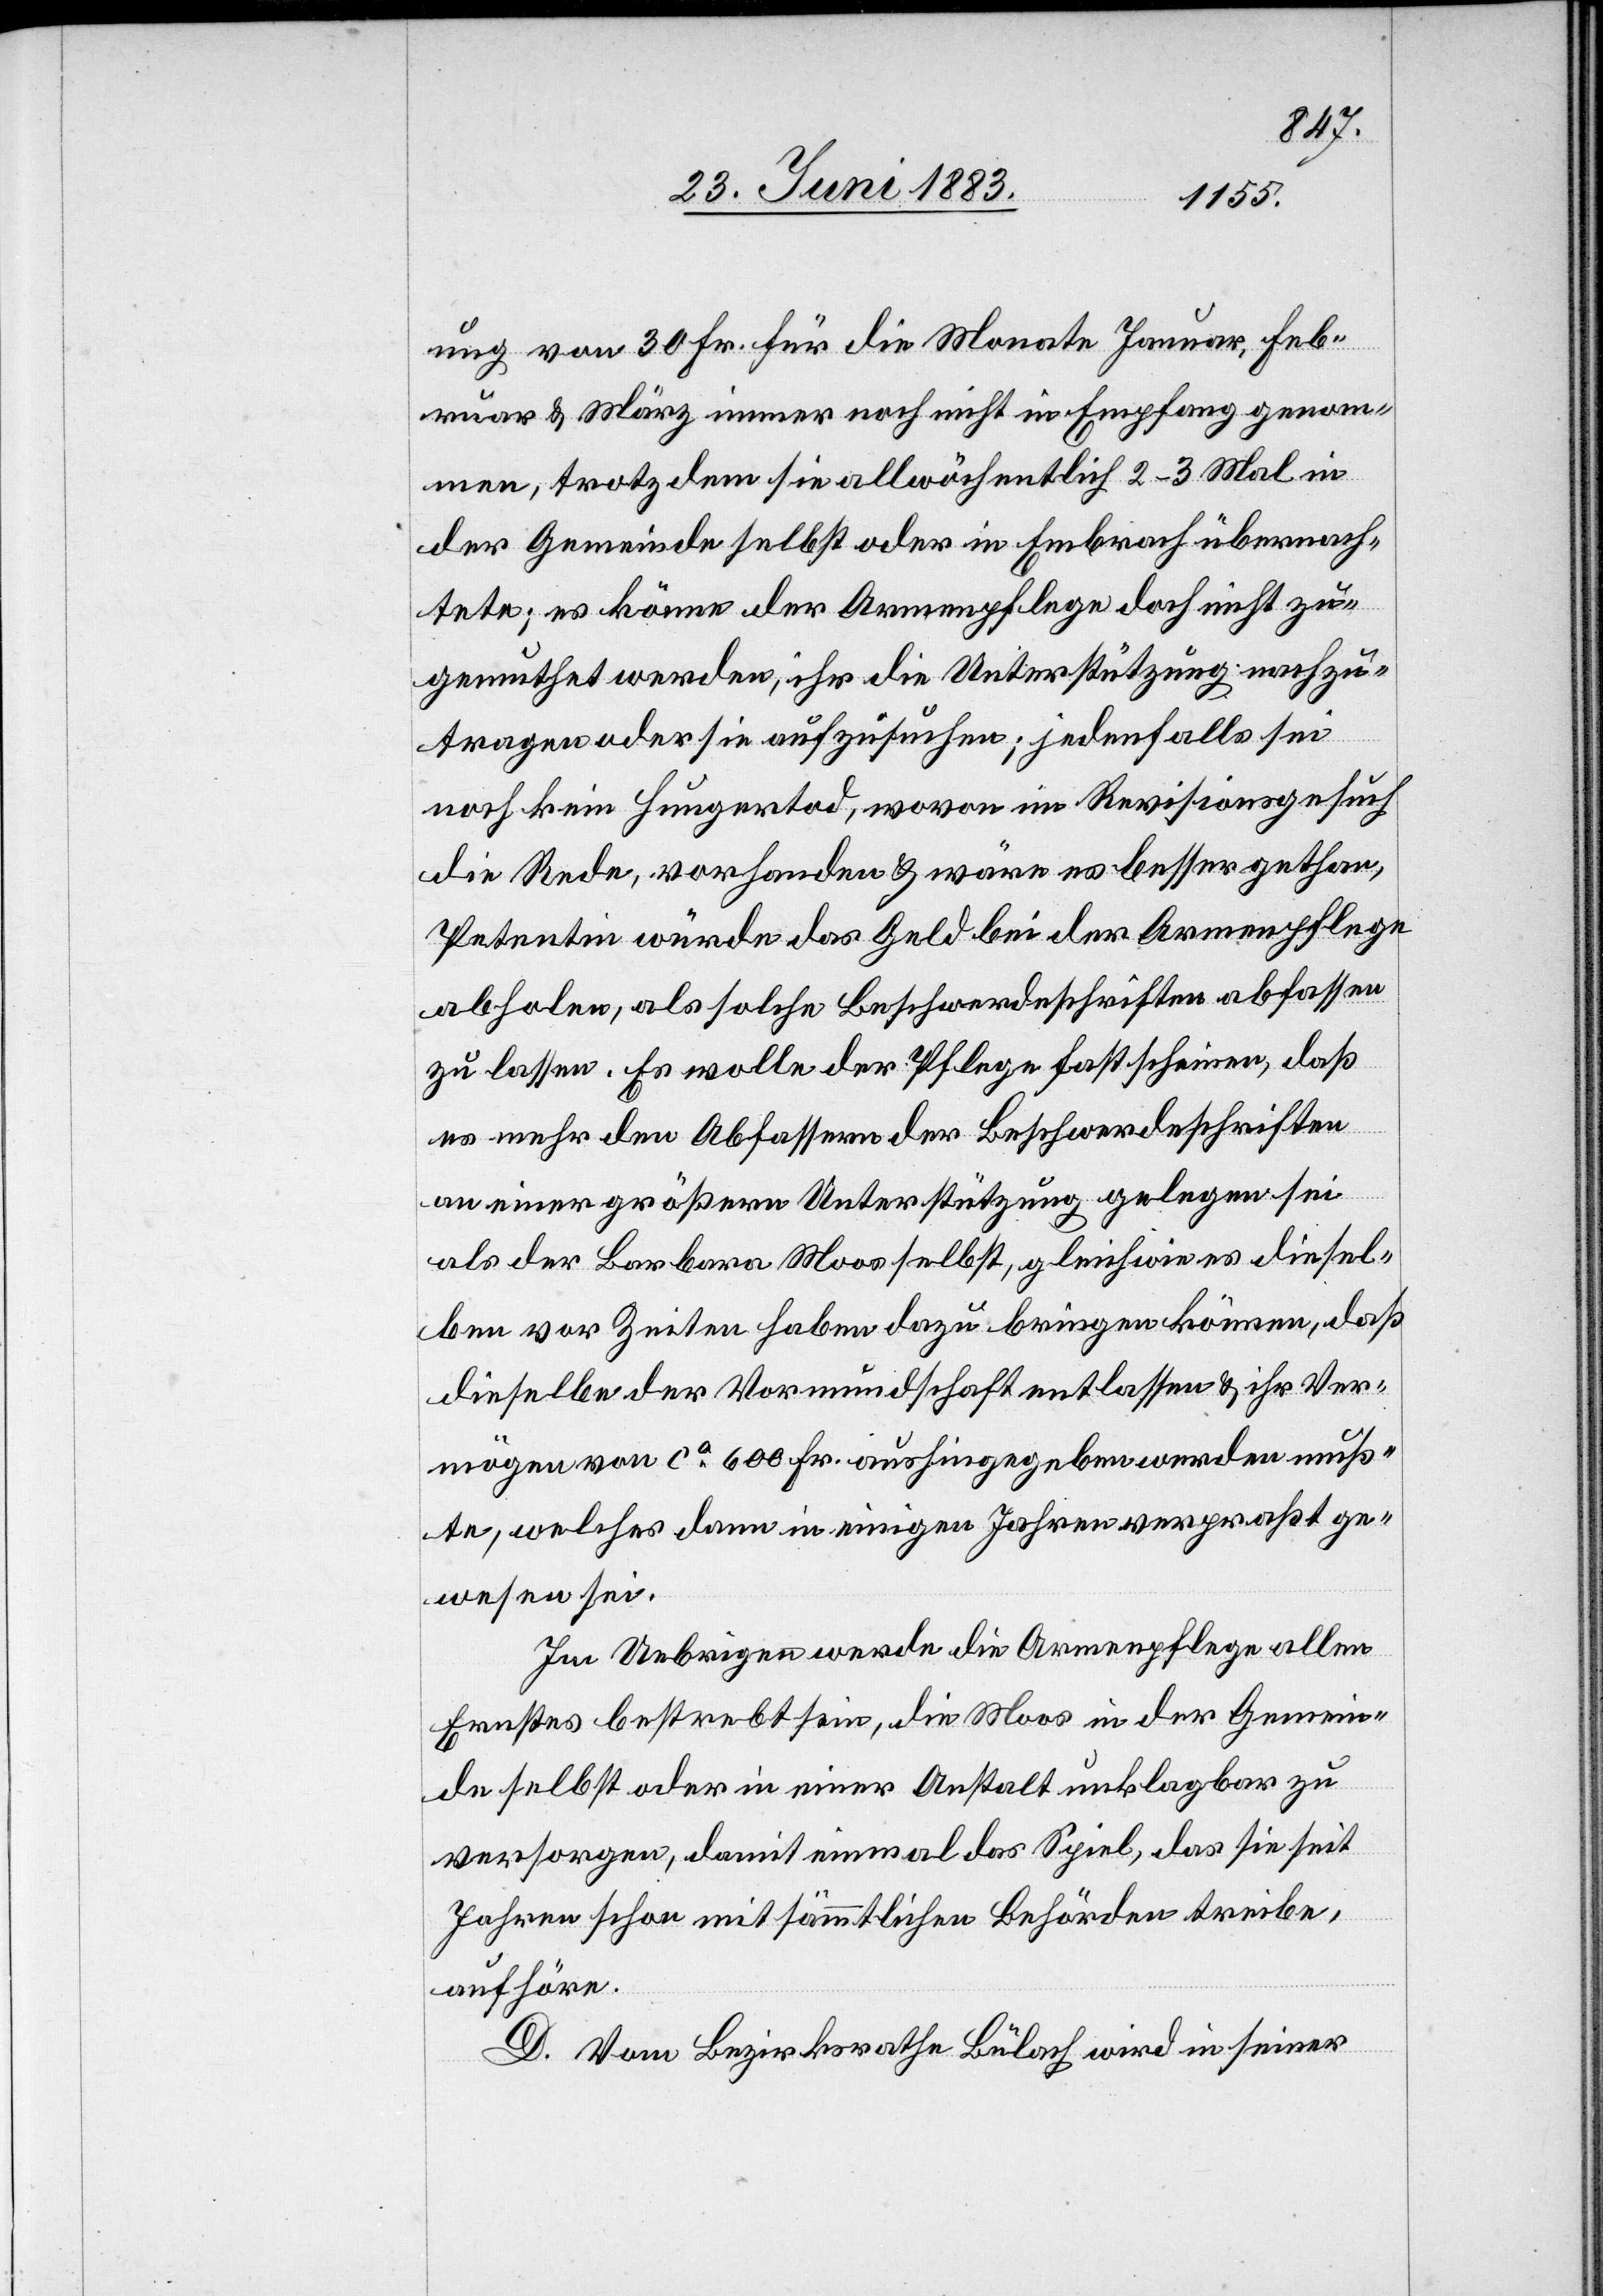
ung von 30 Fr. für die Monate Januar, Feb¬
ruar & März immer noch nicht in Empfang genom¬
men, trotzdem sie allwöchentlich 2–3 Mal in
der Gemeinde selbst oder in Embrach übernach¬
tete; es könne der Armenpflege doch nicht zu¬
gemuthet werden, ihr die Unterstützung nachzu¬
tragen oder sie aufzusuchen; jedenfalls sei
noch kein Hungertod, wovon im Revisionsgesuch
die Rede, vorhanden & wäre es besser gethan,
Petentin würde das Geld bei der Armenpflege
abholen, als solche Beschwerdeschriften abfassen
zu lassen. Es wolle der Pflege fast scheinen, daß
es mehr den Abfassern der Beschwerdeschriften
an einer größern Unterstützung gelegen sei,
als der Barbara Moos selbst, gleichwie es diesel¬
ben vor Zeiten haben dazu bringen können, daß
dieselbe der Vormundschaft entlassen & ihr Ver¬
mögen von ca 600 Fr. aushingegeben werden muß¬
te, welches dann in einigen Jahren verpraßt ge¬
wesen sei.
Im Uebrigen werde die Armenpflege allen
Ernstes bestrebt sein, die Moos in der Gemein¬
de selbst oder in einer Anstalt unklagbar zu
versorgen, damit einmal das Spiel, das sie seit
Jahren schon mit sämmtlichen Behörden treibe,
aufhöre.
D. Vom Bezirksrathe Bülach wird in seiner